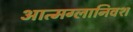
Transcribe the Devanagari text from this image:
आत्मग्लानिवश